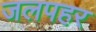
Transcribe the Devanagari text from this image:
जलपहर